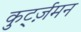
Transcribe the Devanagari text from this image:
कुर्ट्ज़मन